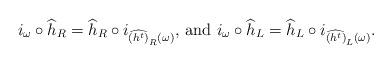
LaTeX: \begin{align*}i_{\omega}\circ \widehat{h}_R= \widehat{h}_R \circ i_{ \scriptstyle \widehat{(h^t)}_R(\omega) },\,{\rm and}\,\, i_{\omega}\circ \widehat{h}_L= \widehat{h}_L \circ i_{ \scriptstyle \widehat{(h^t)}_L(\omega) }.\end{align*}